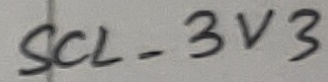
Text: SCL_3V3